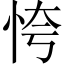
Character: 恗